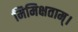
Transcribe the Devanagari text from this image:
मिमिक्षताम्।